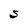
Character: S